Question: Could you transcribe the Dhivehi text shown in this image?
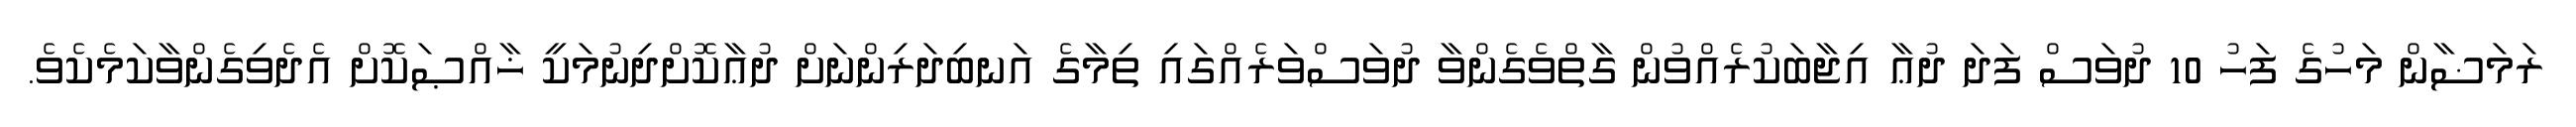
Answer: ރަމަޟާން މަހުގެ ފަހު 10 ދުވަސް ފަދަ ދުޢާ އިޖާބަކުރެއްވުން ގާތްވެގެންވާ ދުވަސްވަރެއްގައި ތިމާގެ އަނބިދަރިންނަށް ދުޢާކޮށްދިނުމަކީ ޚާއްޞަކޮށް އެދެވިގެންވާކަމެކެވެ.